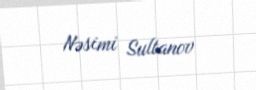
Nəsimi Sultanov